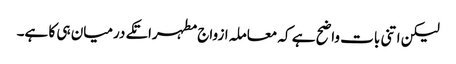
لیکن اتنی بات واضح ہے کہ معاملہ ازواج مطہراتکے درمیان ہی کا ہے۔